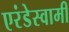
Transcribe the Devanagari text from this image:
एरंडेस्वामी